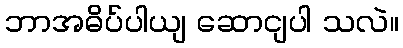
ဘာအဓိပ်ပါယျ ဆောငျပါ သလဲ။